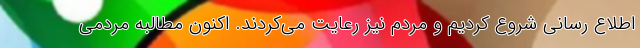
اطلاع رسانی شروع کردیم و مردم نیز رعایت می‌کردند. اکنون مطالبه مردمی